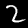
Label: 2